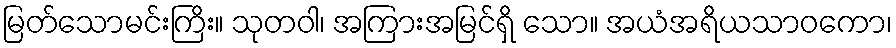
မြတ်သောမင်းကြိး။ သုတဝါ၊ အကြားအမြင်ရှိ သော။ အယံအရိယသာဝကော၊